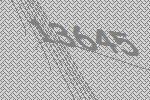
13645